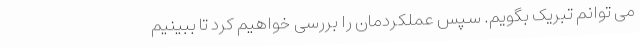
می توانم تبریک بگویم. سپس عملکردمان را بررسی خواهیم کرد تا ببینیم